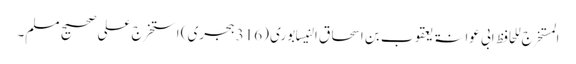
المستخرج للحافظ ابی عوانۃ یعقوب بن اسحاق النیسابوری (316 ہجری) استخرج علی صحیح مسلم۔